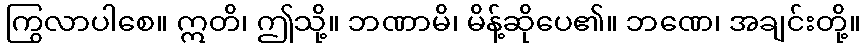
ကြွလာပါစေ။ ဣတိ၊ ဤသို့။ ဘဏာမိ၊ မိန့်ဆိုပေ၏။ ဘဏေ၊ အချင်းတို့။